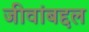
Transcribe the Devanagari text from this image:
जीवांबद्दल